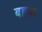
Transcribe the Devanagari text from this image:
बहवा